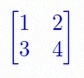
\begin{bmatrix}1&2\\3&4\end{bmatrix}